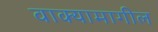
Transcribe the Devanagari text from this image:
वाक्यामागील